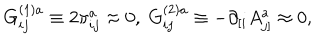
LaTeX: G _ { i j } ^ { ( 1 ) a } \equiv 2 \pi _ { i j } ^ { a } \approx 0 , \; G _ { i j } ^ { ( 2 ) a } \equiv - \partial _ { [ i } A _ { j ] } ^ { a } \approx 0 ,